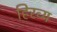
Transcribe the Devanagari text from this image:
हिरव्य